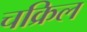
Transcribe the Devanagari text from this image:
चक्रिल